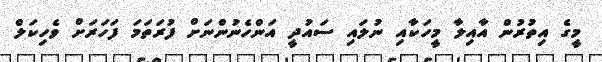
މީގެ އިތުރުން އާއިލާ މީހަކާއި ނުލައި ސައުދީ އަންހެނުންނަށް ފުރަތަމަ ފަހަރަށް ވެހިކަލް